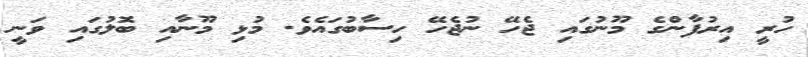
ހުރީ އިރުފާންގެ މޫނުގައި ޖެހޭ ނުޖެހޭ ހިސާބުގައެވެ. މުޅި މޫނާއި ބޮލުގައި ވަނީ